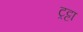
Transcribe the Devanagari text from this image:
ट्रट्टा